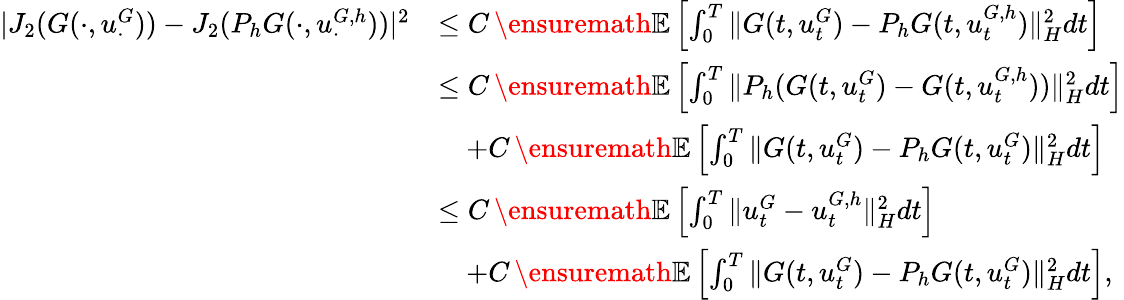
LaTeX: \begin{array}{rl}{|J_{2}(G(\cdot,u_{\cdot}^{G}))-J_{2}(P_{h}G(\cdot,u_{\cdot}^{G,h}))|^{2}}&{\leq C\, \ensuremath{{\mathbb E}}\left[\int_{0}^{T}\| {G}(t,u_{t}^{{G}})-P_{h}{G}(t,u_{t}^{{G},h})\| _{H}^{2}dt\right]}\\ &{\leq C\, \ensuremath{{\mathbb E}}\left[\int_{0}^{T}\| P_{h}({G}(t,u_{t}^{{G}})-G(t,u_{t}^{G,h}))\| _{H}^{2}dt\right]}\\ &{\quad+C\, \ensuremath{{\mathbb E}}\left[\int_{0}^{T}\| G(t,u_{t}^{G})-P_{h}G(t,u_{t}^{G})\| _{H}^{2}dt\right]}\\ &{\leq C\, \ensuremath{{\mathbb E}}\left[\int_{0}^{T}\| u_{t}^{G}-u_{t}^{G,h}\| _{H}^{2}dt\right]}\\ &{\quad+C\, \ensuremath{{\mathbb E}}\left[\int_{0}^{T}\| G(t,u_{t}^{G})-P_{h}G(t,u_{t}^{G})\| _{H}^{2}dt\right],}\end{array}